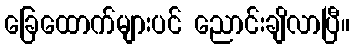
ခြေထောက်များပင် ညောင်းချိလာပြီ။